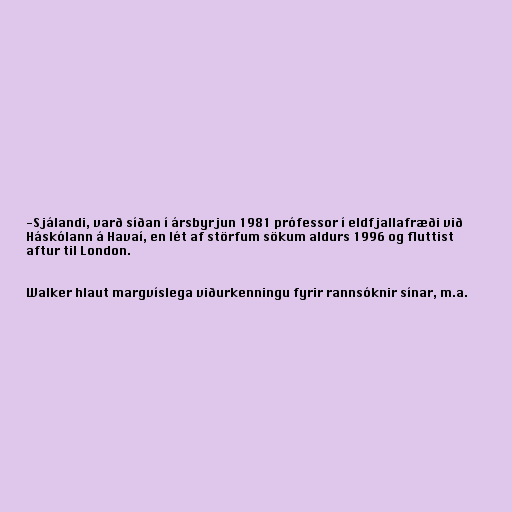
-Sjálandi, varð síðan í ársbyrjun 1981 prófessor í eldfjallafræði við
Háskólann á Havaí, en lét af störfum sökum aldurs 1996 og fluttist
aftur til London.

Walker hlaut margvíslega viðurkenningu fyrir rannsóknir sínar, m.a.